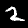
Digit: 2